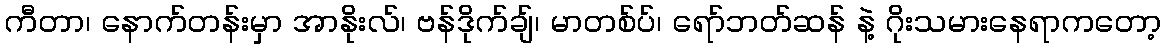
ကီတာ၊ နောက်တန်းမှာ အာနိုးလ်၊ ဗန်ဒိုက်ချ်၊ မာတစ်ပ်၊ ရော်ဘတ်ဆန် နဲ့ ဂိုးသမားနေရာကတော့